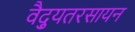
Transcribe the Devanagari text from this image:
वैद्युतरसायन